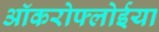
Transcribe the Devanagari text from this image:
ऑकरोफ्लोईया